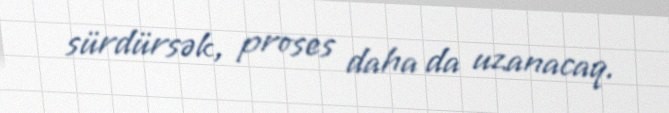
sürdürsək, proses daha da uzanacaq.